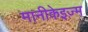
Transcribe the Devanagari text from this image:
मानीकेइज़्म